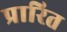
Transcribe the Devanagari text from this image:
प्रारित